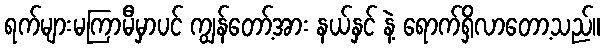
ရက်များမကြာမီမှာပင် ကျွန်တော့်အား နယ်နှင် နဲ့ ရောက်ရှိလာတော့သည်။